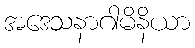
အဒေသနာဂါမိနိယာ